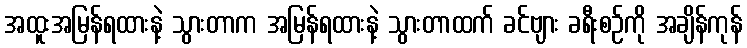
အထူးအမြန်ရထားနဲ့ သွားတာက အမြန်ရထားနဲ့ သွားတာထက် ခင်ဗျား ခရီးစဉ်ကို အချိန်ကုန်